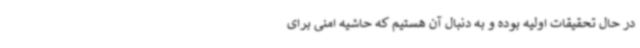
در حال تحقیقات اولیه بوده و به دنبال آن هستیم که حاشیه امنی برای